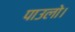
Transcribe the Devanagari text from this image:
पाउलो।